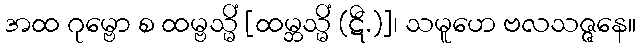
အထ ဂုမ္ဗော စ ထမ္ဗသ္မိံ [ထမ္ဘသ္မိံ (ဋီ.)]၊ သမူဟေ ဗလသဇ္ဇနေ။